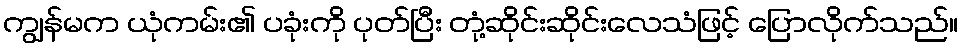
ကျွန်မက ယုံကမ်း၏ ပခုံးကို ပုတ်ပြီး တုံ့ဆိုင်းဆိုင်းလေသံဖြင့် ပြောလိုက်သည်။